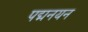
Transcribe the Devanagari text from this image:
पद्मनयन